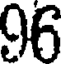
96